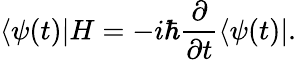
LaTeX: \langle\psi(t)|H=-i\hbar{\frac{\partial}{\partial t}}\langle\psi(t)|.